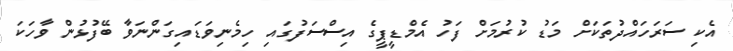
އެކި ސަރަހައްދުތަކަށް މަޑު ކުރުމަށް ފަހު އެމްޑީޕީގެ އިސްސަފުގައި ހިމެނިވަޑައިގަންނަވާ ބޭފުޅުން ވާހަކަ